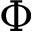
\Phi